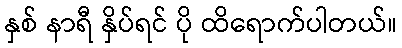
နှစ် နာရီ နှိပ်ရင် ပို ထိရောက်ပါတယ်။